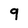
Character: 9